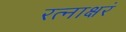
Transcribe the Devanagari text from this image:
रत्‍नाक्षरं